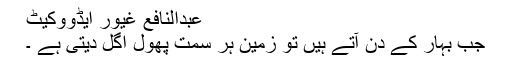
عبدالنافع غیور ایڈووکیٹ
جب بہار کے دن آتے ہیں تو زمین ہر سمت پھول اُگل دیتی ہے ۔